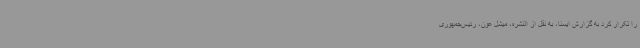
را تکرار کرد به گزارش ایسنا، به نقل از النشره، میشل عون، رئیس‌جمهوری